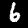
Digit: 6